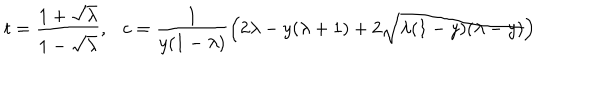
LaTeX: t = \frac { 1 + \sqrt { \lambda } } { 1 - \sqrt { \lambda } } , \ \ \ c = \frac { 1 } { y ( 1 - \lambda ) } \left( 2 \lambda - y ( \lambda + 1 ) + 2 \sqrt { \lambda ( 1 - y ) ( \lambda - y ) } \right)